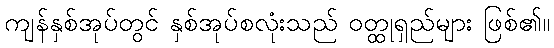
ကျန်နှစ်အုပ်တွင် နှစ်အုပ်စလုံးသည် ဝတ္ထုရှည်များ ဖြစ်၏။